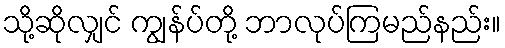
သို့ဆိုလျှင် ကျွန်ပ်တို့ ဘာလုပ်ကြမည်နည်း။